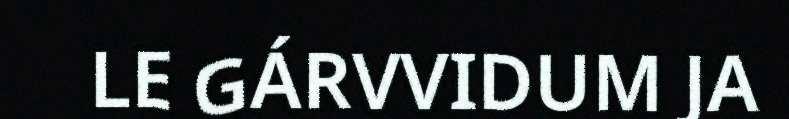
LE GÁRVVIDUM JA